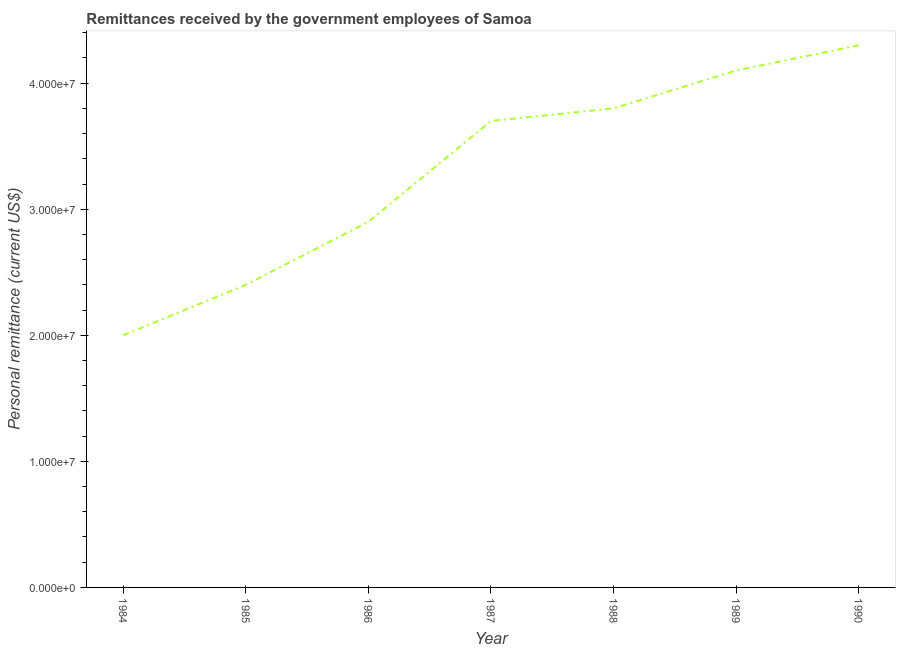
| Year | Personal remittances |
 | --- | --- |
 | 1984 | 2e+07 |
 | 1985 | 2.4e+07 |
 | 1986 | 2.9e+07 |
 | 1987 | 3.7e+07 |
 | 1988 | 3.8e+07 |
 | 1989 | 4.1e+07 |
 | 1990 | 4.3e+07 |